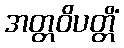
အတ္တဝိပတ္တိံ